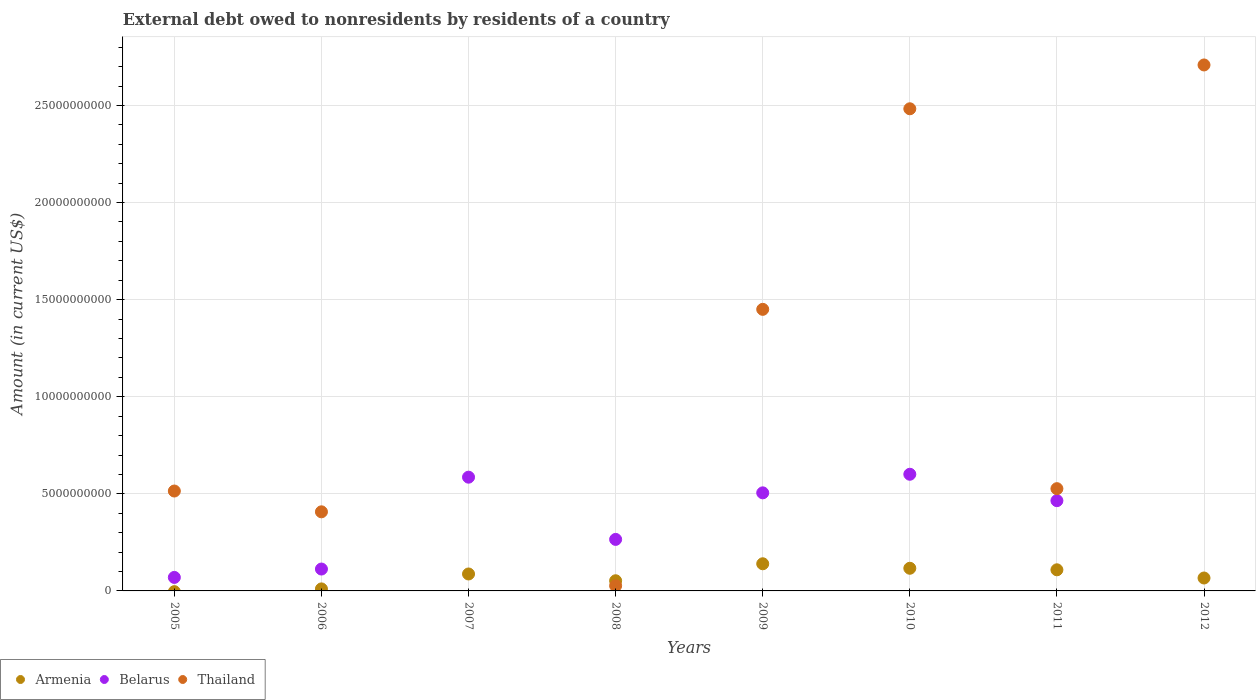
| Years | Armenia | Belarus | Thailand |
 | --- | --- | --- | --- |
 | 2005 | -3.84e+07 | 6.96e+08 | 5.14e+09 |
 | 2006 | 1.04e+08 | 1.13e+09 | 4.07e+09 |
 | 2007 | 8.73e+08 | 5.86e+09 | -1.22e+09 |
 | 2008 | 5.24e+08 | 2.65e+09 | 2.65e+08 |
 | 2009 | 1.4e+09 | 5.05e+09 | 1.45e+10 |
 | 2010 | 1.17e+09 | 6.01e+09 | 2.48e+10 |
 | 2011 | 1.09e+09 | 4.65e+09 | 5.27e+09 |
 | 2012 | 6.65e+08 | -2.14e+09 | 2.71e+10 |